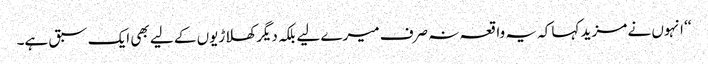
‘‘ انہوں نے مزید کہا کہ یہ واقعہ نہ صرف میرے لیے بلکہ دیگر کھلاڑیوں کے لیے بھی ایک سبق ہے۔